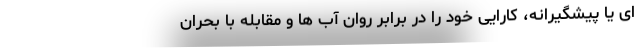
ای یا پیشگیرانه، کارایی خود را در برابر روان آب ها و مقابله با بحران